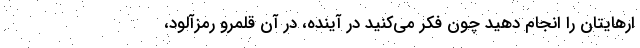
ارهایتان را انجام دهید چون فکر می‌کنید در آینده، در آن قلمروِ رمزآلود،